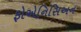
ફોએનિસિઅન